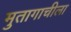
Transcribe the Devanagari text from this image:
मुतागाचीला